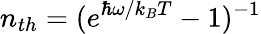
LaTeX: n_{th}=(e^{\hbar\omega/k_{B}T}-1)^{-1}